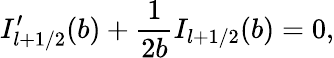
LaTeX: I_{l+1/2}^{\prime}(b)+{\frac{1}{2b}}I_{l+1/2}(b)=0,